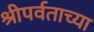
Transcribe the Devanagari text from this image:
श्रीपर्वताच्या